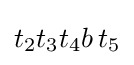
t_{2}t_{3}t_{4}b\,t_{5}